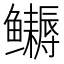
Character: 𬶹